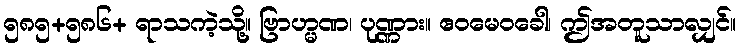
၅၈၅+၅၈၆+ ရာသကဲ့သို့။ ဗြာဟ္မဏ၊ ပုဏ္ဏား။ ဧဝမေဝခေါ၊ ဤအတူသာလျှင်။